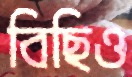
বিছিও